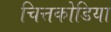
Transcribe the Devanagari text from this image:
चित्तकोडिया